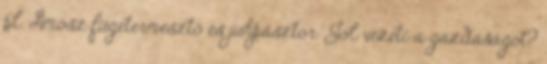
pl. Ámósz fügetermesztő és juhpásztor. Jól vezeti a gazdaságot?